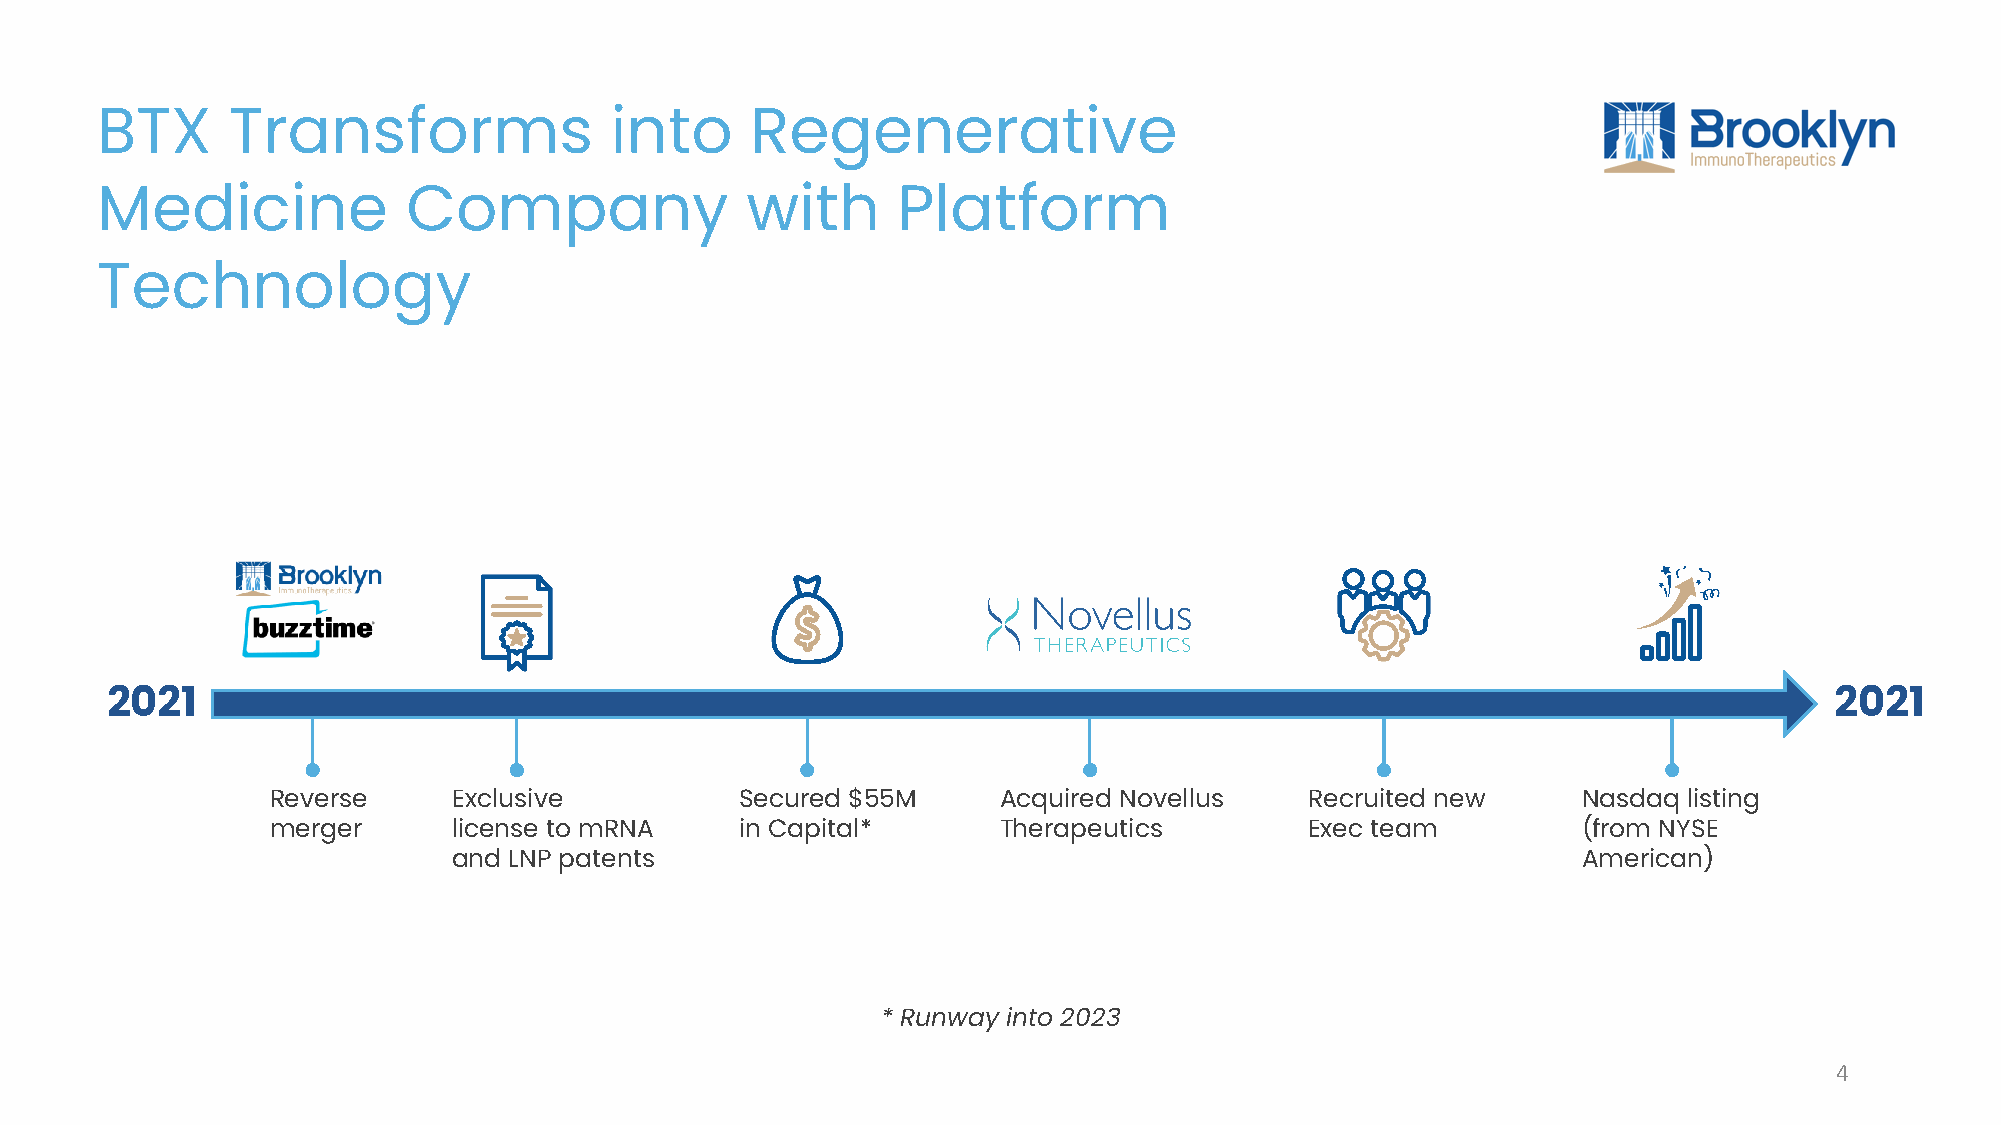
BTX      Transforms               into      Regenerative
 Medicine             Company               with      Platform
 Technology
 2021                                                                                                              2021
 Reverse     Exclusive          Secured $55M     Acquired Novellus    Recruited new     Nasdaq listing
 merger      license to mRNA    in Capital*      Therapeutics         Exec team         (from NYSE
 and LNP patents                                                            American)
 * Runway into 2023
 4